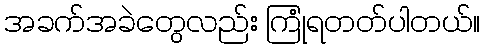
အခက်အခဲတွေလည်း ကြုံရတတ်ပါတယ်။